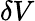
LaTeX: \delta V